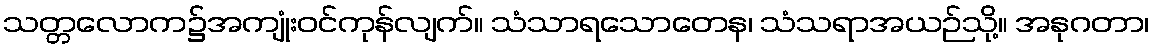
သတ္တလောက၌အကျုံးဝင်ကုန်လျက်။ သံသာရသောတေန၊ သံသရာအယဉ်သို့။ အနုဂတာ၊